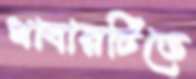
খাবারটিতে